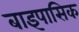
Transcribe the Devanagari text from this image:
बाइपासिक